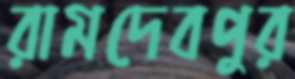
রামদেবপুর